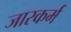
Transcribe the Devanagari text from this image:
जारकर्म